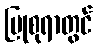
ပြုစုရာတွင်